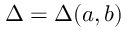
\Delta = \Delta ( a , b )